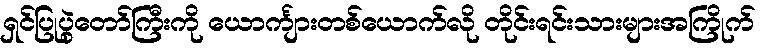
ရှင်ပြုပွဲတော်ကြီးကို ယောင်္ကျားတစ်ယောက်လို တိုင်းရင်းသားများအကြိုက်